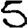
Digit: 5